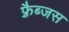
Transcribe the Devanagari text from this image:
फ़्रैब्जस